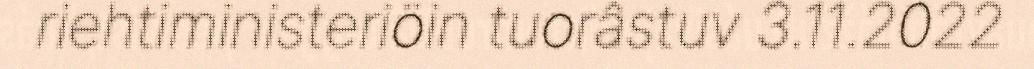
riehtiministeriöin tuorâstuv 3.11.2022